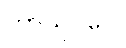
ကာယူပဂေါ